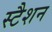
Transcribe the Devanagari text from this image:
स्टैशन